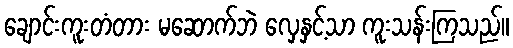
ချောင်းကူးတံတား မဆောက်ဘဲ လှေနှင့်သာ ကူးသန်းကြသည်။